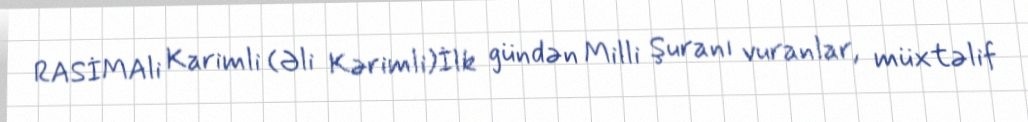
RASİMAli Karimli (Əli Kərimli)İlk gündən Milli Şuranı vuranlar, müxtəlif